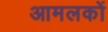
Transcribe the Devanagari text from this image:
आमलकों